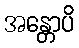
အန္တောပိ